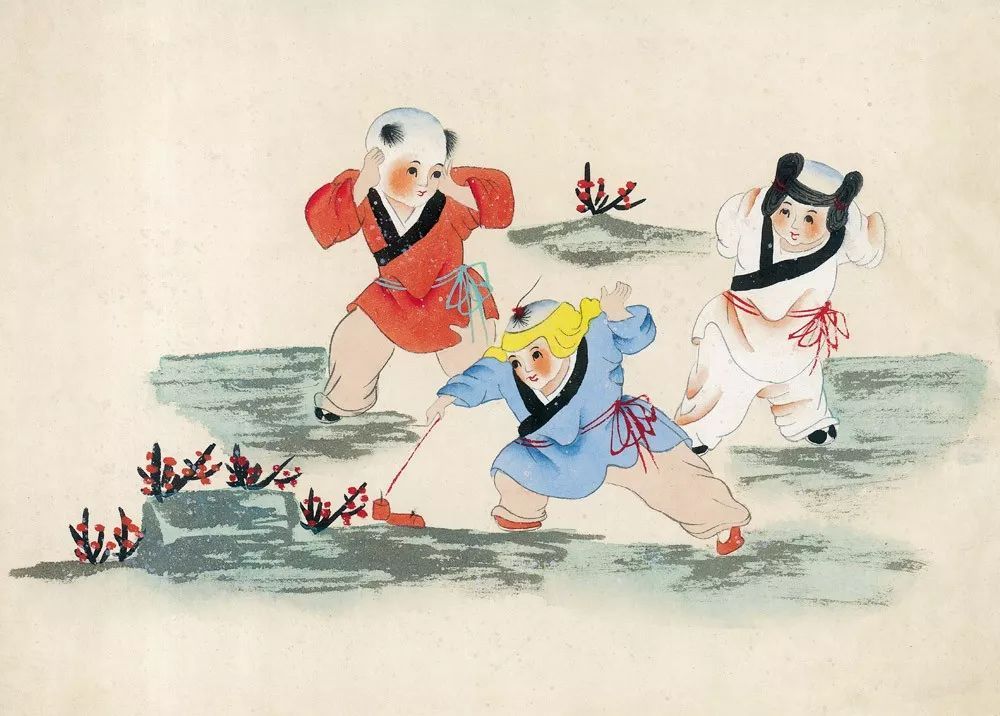
衣懒换，酒难赊。可怜此夕看梅花。